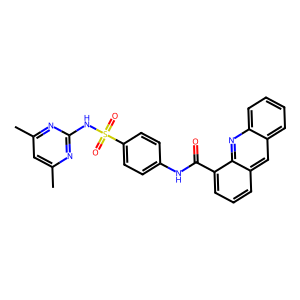
SMILES: Cc1cc(C)nc(NS(=O)(=O)c2ccc(NC(=O)c3cccc4cc5ccccc5nc34)cc2)n1
Inhibits HIV replication: No